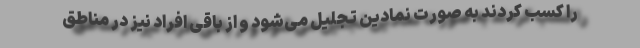
را کسب کردند به صورت نمادین تجلیل می‌شود و از باقی افراد نیز در مناطق